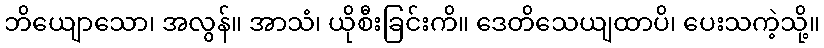
ဘိယျောသော၊ အလွန်။ အာသံ၊ ယိုစီးခြင်းကိ။ ဒေတိသေယျထာပိ၊ ပေးသကဲ့သို့။